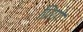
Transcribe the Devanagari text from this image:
ग्रिंगो